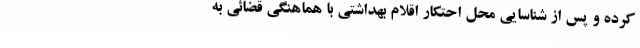
کرده و پس از شناسایی محل احتکار اقلام بهداشتی با هماهنگی قضائی به